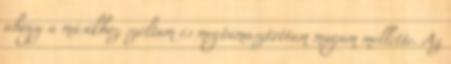
ahogy a másikhoz szóltam és megtámasztottam magam mellette. Az